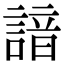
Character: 諳